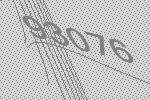
93076